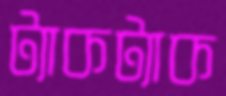
ট্যাকট্যাক